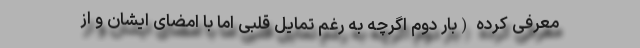
معرفی کرده (بار دوم اگرچه به رغم تمایل قلبی اما با امضای ایشان و از